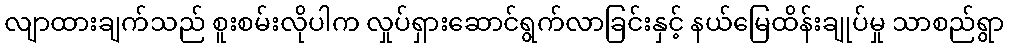
လျာထားချက်သည် စူးစမ်းလိုပါက လှုပ်ရှားဆောင်ရွက်လာခြင်းနှင့် နယ်မြေထိန်းချုပ်မှု သာစည်ရွာ